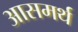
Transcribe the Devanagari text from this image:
आसमर्थ